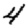
Digit: 4